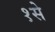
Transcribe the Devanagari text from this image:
१से